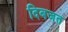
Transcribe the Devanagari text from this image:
दिबजत